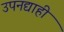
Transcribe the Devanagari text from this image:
उपनद्याही